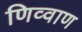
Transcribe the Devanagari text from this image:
णिव्वाण